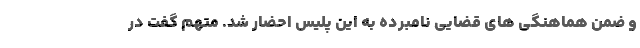
و ضمن هماهنگی های قضایی نامبرده به این پلیس احضار شد. متهم گفت در